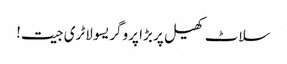
سلاٹ کھیل پر بڑا پروگریسو لاٹری جیت!